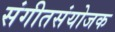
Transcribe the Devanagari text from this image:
संगीतसंयोजक